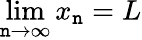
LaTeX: \lim\limits_{\mathtt{n}\rightarrow\infty}x_{\mathtt{n}}=L